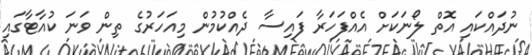
ނުދައްކައި އޮތް ލޯނަކަށް އެއްފަހަރާ ފައިސާ ދެއްކުމުން މިއަހަރުގެ ތިން ވަނަ ކުއާޓާގައި